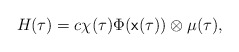
\begin{align*}H_{}(\tau) = c \chi(\tau) \Phi(\textsf{x}(\tau)) \otimes \mu(\tau),\end{align*}